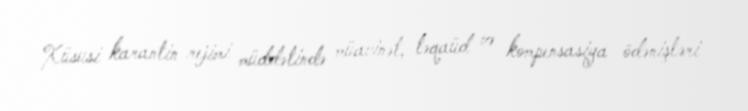
Xüsusi karantin rejimi müddətində müavinət, təqaüd və kompensasiya ödənişləri